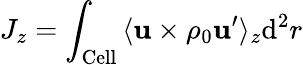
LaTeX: J_{z}=\int_{\mathrm{{Cell}}}{\langle{\mathbf{u}}\times\rho_{0}{\mathbf u^{\prime}}\rangle_{z}\mathrm{{d}}^{2}r}